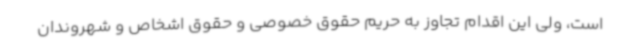
است، ولی این اقدام تجاوز به حریم حقوق خصوصی و حقوق اشخاص و شهروندان